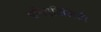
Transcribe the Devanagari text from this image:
पमिएबिलिटी